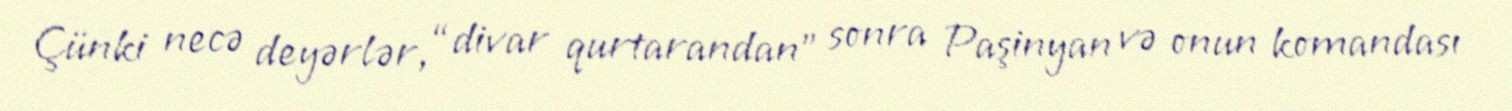
Çünki necə deyərlər, “divar qurtarandan” sonra Paşinyan və onun komandası